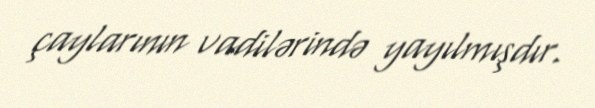
çaylarının vadilərində yayılmışdır.